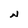
Character: N